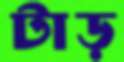
টাড়